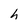
Character: h